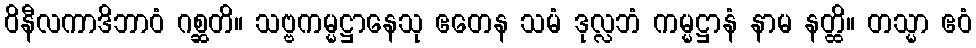
ဝိနီလကာဒိဘာဝံ ဂစ္ဆတိ။ သဗ္ဗကမ္မဋ္ဌာနေသု ဧတေန သမံ ဒုလ္လဘံ ကမ္မဋ္ဌာနံ နာမ နတ္ထိ။ တသ္မာ ဧဝံ